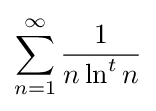
\sum _{n=1}^{\infty }{\frac {1}{n\ln ^{t}n}}